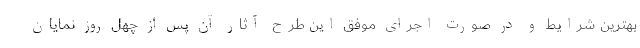
بهترین شرایط و در صورت اجرای موفق این طرح آثار آن پس از چهل روز نمایان